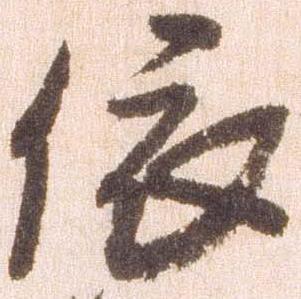
依